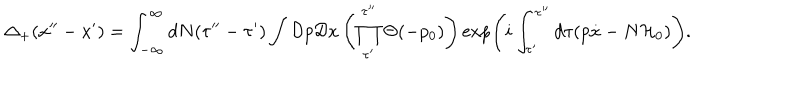
\Delta _ { + } ( x ^ { \prime \prime } - x ^ { \prime } ) = \int _ { - \infty } ^ { \infty } d N ( \tau ^ { \prime \prime } - \tau ^ { \prime } ) \int { \cal D } p { \cal D } x \left( \prod _ { \tau ^ { \prime } } ^ { \tau ^ { \prime \prime } } \Theta ( - p _ { 0 } ) \right) \exp \left( i \int _ { \tau ^ { \prime } } ^ { \tau ^ { \prime \prime } } d \tau ( p \dot { x } - N { \cal H } _ { 0 } ) \right) .